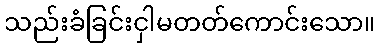
သည်းခံခြင်းငှါမတတ်ကောင်းသော။